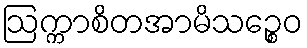
ဩက္ကာစိတအာမိသဉ္စေဝ